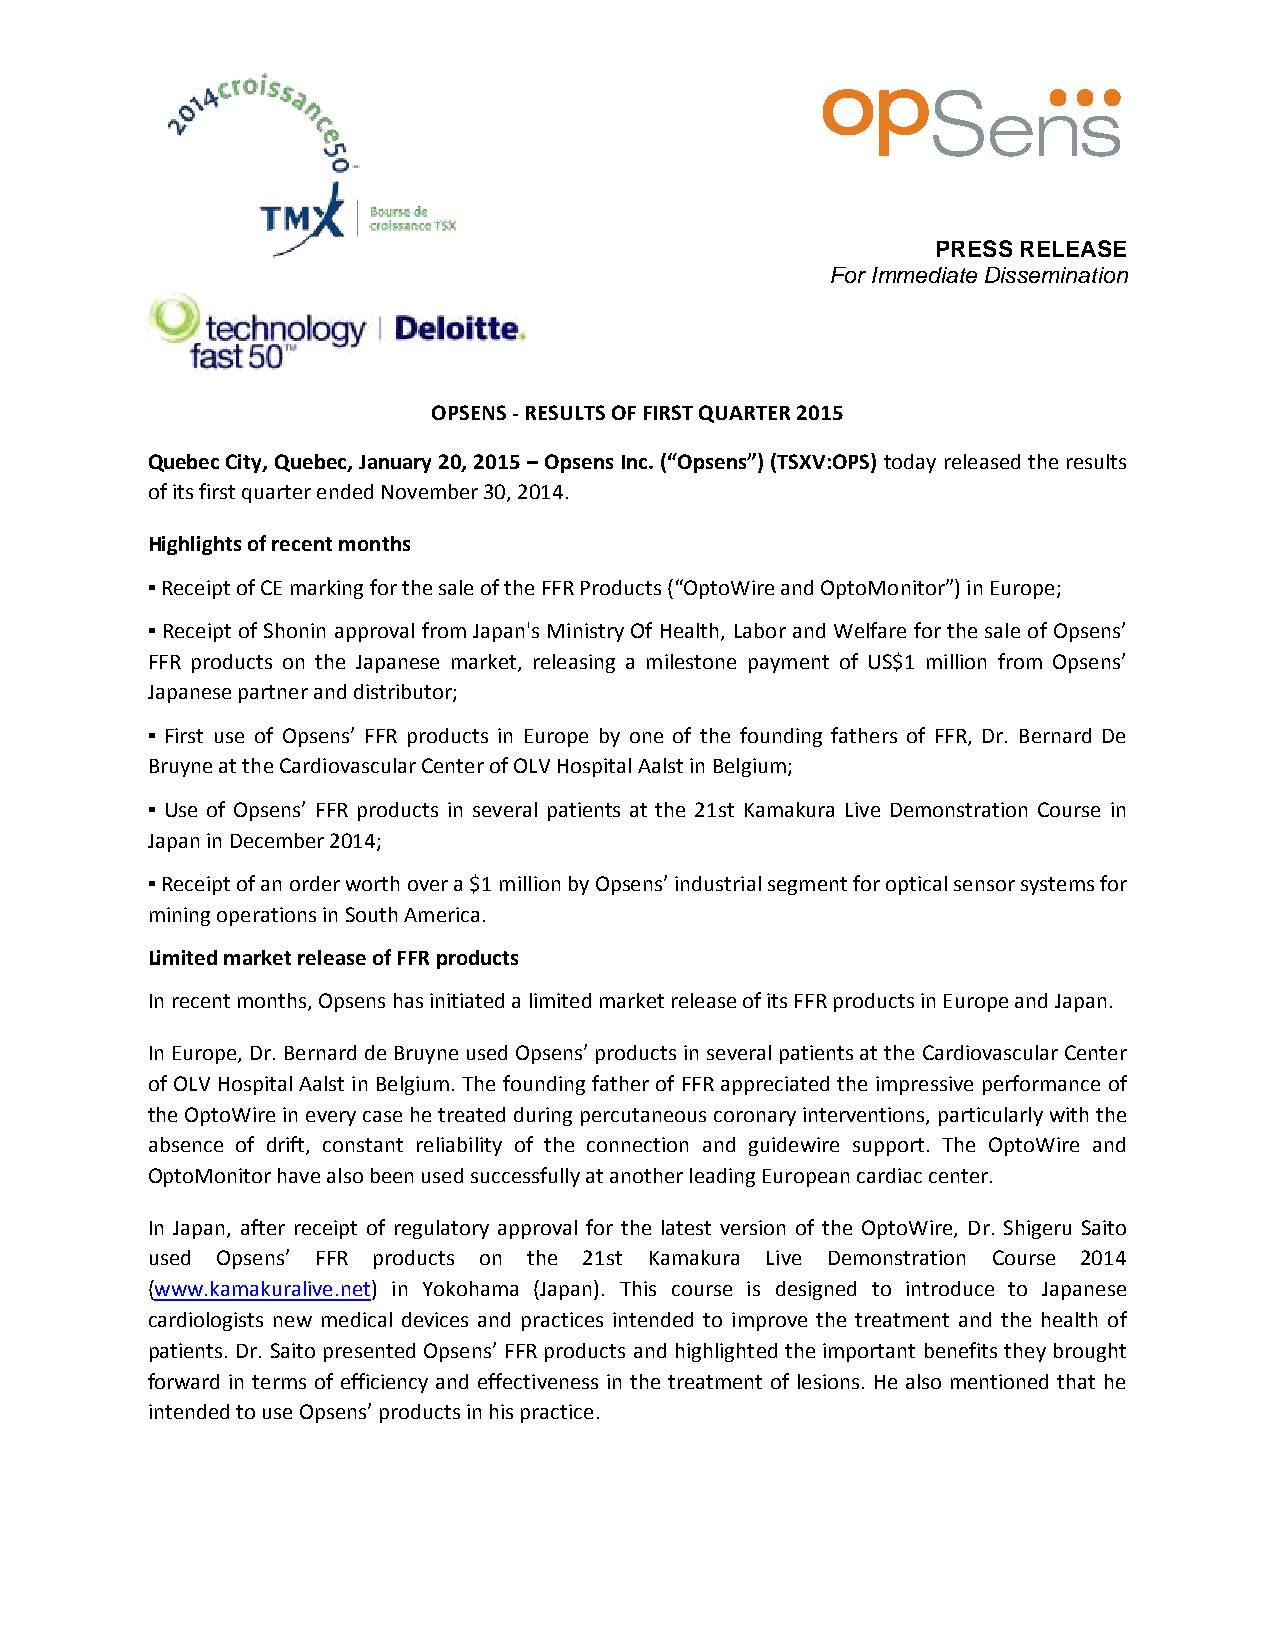
PRESS RELEASE
 For Immediate Dissemination
 OPSENS - RESULTS OF FIRST QUARTER 2015
 Quebec City, Quebec, January 20, 2015 – Opsens Inc. (“Opsens”) (TSXV:OPS) today released the results
 of its first quarter ended November 30, 2014.
 Highlights of recent months
 ▪ Receipt of CE marking for the sale of the FFR Products (“OptoWire and OptoMonitor”) in Europe;
 ▪ Receipt of Shonin approval from Japan's Ministry Of Health, Labor and Welfare for the sale of Opsens’
 FFR products on the Japanese market, releasing a milestone payment of US$1 million from Opsens’
 Japanese partner and distributor;
 ▪ First use of Opsens’ FFR products in Europe by one of the founding fathers of FFR, Dr. Bernard De
 Bruyne at the Cardiovascular Center of OLV Hospital Aalst in Belgium;
 ▪ Use of Opsens’ FFR products in several patients at the 21st Kamakura Live Demonstration Course in
 Japan in December 2014;
 ▪ Receipt of an order worth over a $1 million by Opsens’ industrial segment for optical sensor systems for
 mining operations in South America.
 Limited market release of FFR products
 In recent months, Opsens has initiated a limited market release of its FFR products in Europe and Japan.
 In Europe, Dr. Bernard de Bruyne used Opsens’ products in several patients at the Cardiovascular Center
 of OLV Hospital Aalst in Belgium. The founding father of FFR appreciated the impressive performance of
 the OptoWire in every case he treated during percutaneous coronary interventions, particularly with the
 absence of drift, constant reliability of the connection and guidewire support. The OptoWire and
 OptoMonitor have also been used successfully at another leading European cardiac center.
 In Japan, after receipt of regulatory approval for the latest version of the OptoWire, Dr. Shigeru Saito
 used Opsens’ FFR products on the 21st Kamakura Live Demonstration Course 2014
 (www.kamakuralive.net) in Yokohama (Japan). This course is designed to introduce to Japanese
 cardiologists new medical devices and practices intended to improve the treatment and the health of
 patients. Dr. Saito presented Opsens’ FFR products and highlighted the important benefits they brought
 forward in terms of efficiency and effectiveness in the treatment of lesions. He also mentioned that he
 intended to use Opsens’ products in his practice.